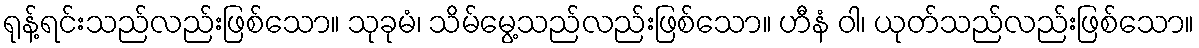
ရုန့်ရင်းသည်လည်းဖြစ်သော။ သုခုမံ၊ သိမ်မွေ့သည်လည်းဖြစ်သော။ ဟီနံ ဝါ၊ ယုတ်သည်လည်းဖြစ်သော။